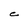
Character: C